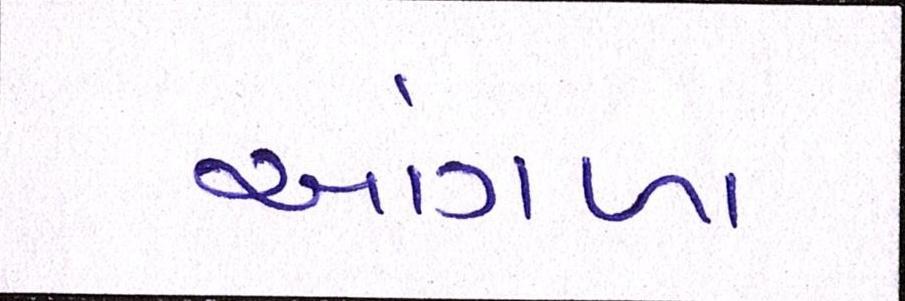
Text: આંગળા